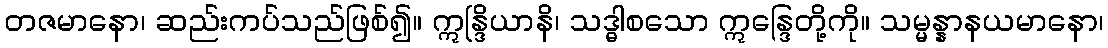
တဇမာနော၊ ဆည်းကပ်သည်ဖြစ်၍။ ဣန္ဒြိယာနိ၊ သဒ္ဓါစသော ဣန္ဒြေတို့ကို။ သမ္မန္နာနယမာနော၊